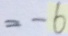
= - 6